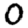
Digit: 0